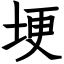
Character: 埂